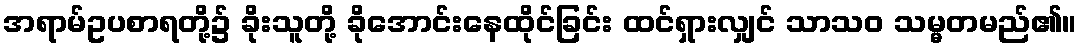
အရာမ်ဥပစာရတို့၌ ခိုးသူတို့ ခိုအောင်းနေထိုင်ခြင်း ထင်ရှားလျှင် သာသဝ သမ္မတမည်၏။